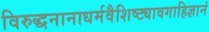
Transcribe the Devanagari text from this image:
विरुद्धनानाधर्मवैशिष्ट्यावगाहिज्ञानं